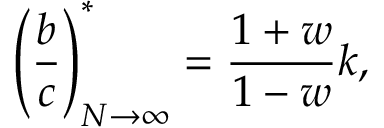
\left( \frac { b } { c } \right) _ { N \to \infty } ^ { * } = \frac { 1 + w } { 1 - w } k ,